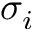
\sigma _ { i }